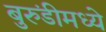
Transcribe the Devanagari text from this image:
बुरुंडीमध्ये